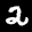
Label: 2